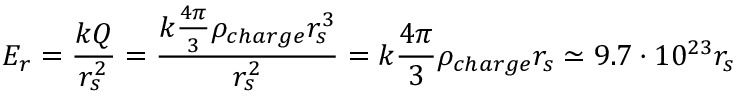
E _ { r } = \frac { k Q } { r _ { s } ^ { 2 } } = \frac { k \frac { 4 \pi } { 3 } \rho _ { c h a r g e } r _ { s } ^ { 3 } } { r _ { s } ^ { 2 } } = k \frac { 4 \pi } { 3 } \rho _ { c h a r g e } r _ { s } \simeq 9 . 7 \cdot 1 0 ^ { 2 3 } r _ { s }